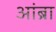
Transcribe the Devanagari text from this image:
आंब्रा